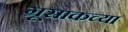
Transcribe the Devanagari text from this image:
ग्रूसाकच्या